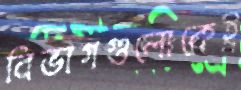
বিভাগগুলোকেই